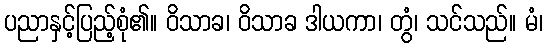
ပညာနှင့်ပြည့်စုံ၏။ ဝိသာခ၊ ဝိသာခ ဒါယကာ၊ တွံ၊ သင်သည်။ မံ၊